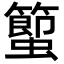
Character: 蠞